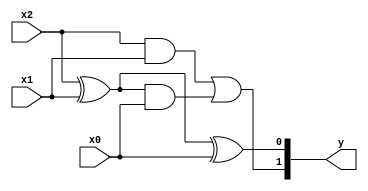
module full_adder_by_elements(
    input wire x2, x1, x0, 
    output wire [1:0] y
);
    assign y[1] = (x2&x1)|((x2^x1)&x0);
    assign y[0] = (x2^x1)^x0;
endmodule